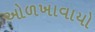
ઓળખાવાયો